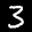
Label: 3